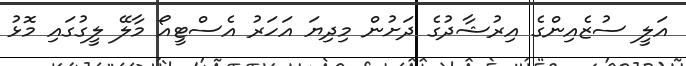
އަލީ ސުޒެއިންގެ އިރުޝާދުގެ ދަށުން މިދިޔަ އަހަރު އެސްޓީއޯ މާލޭ ލީގުގައި މޮޅު